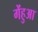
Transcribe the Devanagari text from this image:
गेंहुआ